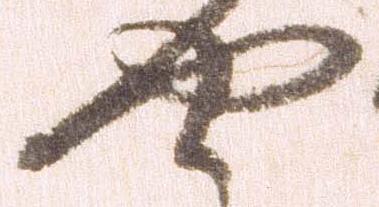
や